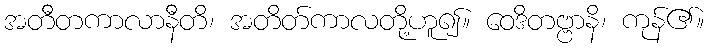
အတီတကာလာနီတိ၊ အတိတ်ကာလတို့ဟူ၍။ ဝေဒိတဗ္ဗာနိ၊ ကုန်၏။